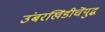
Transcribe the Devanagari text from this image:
उंबरखिंडीचेंयुद्ध